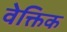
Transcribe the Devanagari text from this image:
वेक्तिक